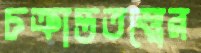
চক্রান্ততত্ত্বের